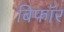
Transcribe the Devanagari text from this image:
बिफाॅर